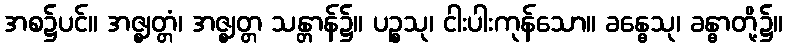
အစ၌ပင်။ အဇ္ဈတ္တံ၊ အဇ္ဈတ္တ သန္တာန်၌။ ပဉ္စသု၊ ငါးပါးကုန်သော။ ခန္ဓေသု၊ ခန္ဓာတို့၌။